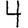
Digit: 4